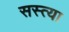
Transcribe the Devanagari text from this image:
सस्त्या